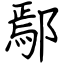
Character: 鄢